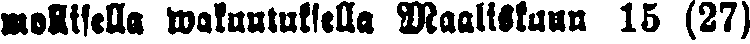
mollisella wakuutuksella Maaliskuun 15 (27)